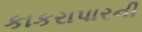
કાકરાપારની